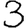
Digit: 3